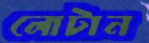
লোটান